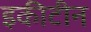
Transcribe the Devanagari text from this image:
इकीटीन